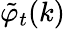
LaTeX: \displaystyle{\tilde{\varphi}}_{t}(k)